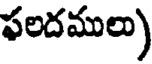
ఫలదములు)